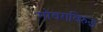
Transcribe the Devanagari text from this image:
गोवराविरुद्ध